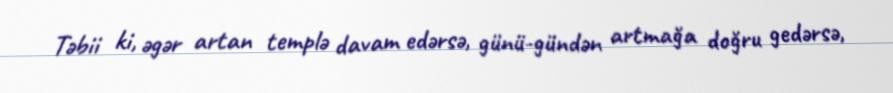
Təbii ki, əgər artan templə davam edərsə, günü-gündən artmağa doğru gedərsə,